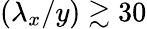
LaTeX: (\lambda_{x}/y)\gtrsim 30